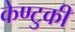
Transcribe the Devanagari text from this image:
केण्टुकी